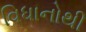
વિધાનોથી